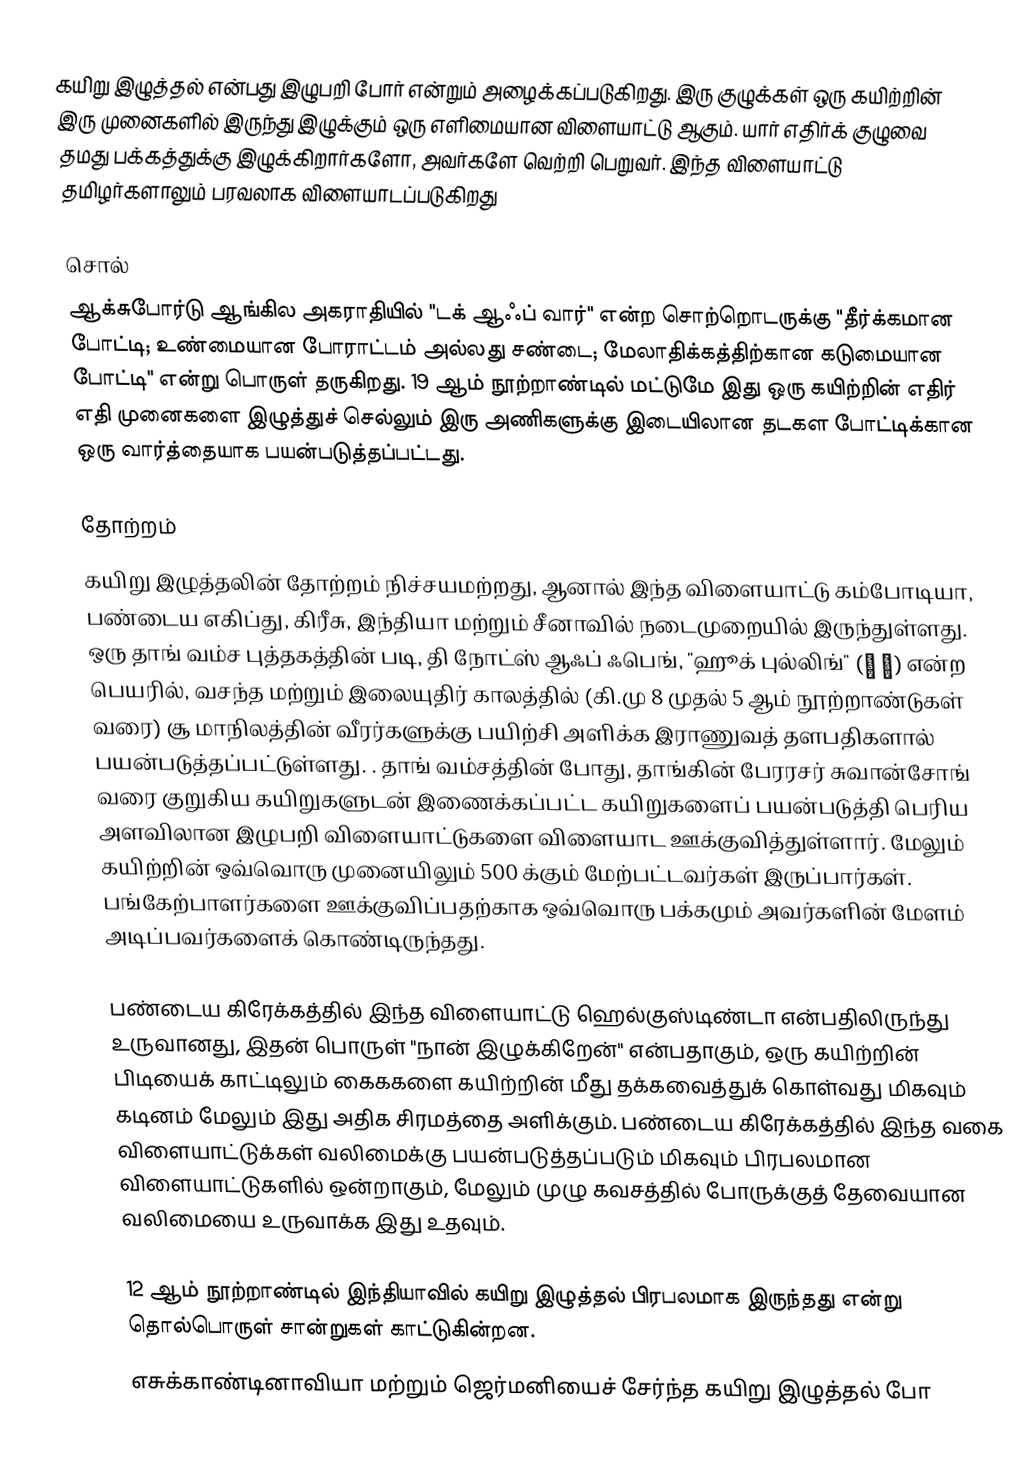
கயிறு இழுத்தல் என்பது இழுபறி போர் என்றும் அழைக்கப்படுகிறது. இரு குழுக்கள் ஒரு கயிற்றின் இரு முனைகளில் இருந்து இழுக்கும் ஒரு எளிமையான விளையாட்டு ஆகும்.  யார் எதிர்க் குழுவை தமது பக்கத்துக்கு இழுக்கிறார்களோ, அவர்களே வெற்றி பெறுவர்.  இந்த விளையாட்டு தமிழர்களாலும் பரவலாக விளையாடப்படுகிறது

சொல்
ஆக்சுபோர்டு ஆங்கில அகராதியில்  "டக் ஆஃப் வார்" என்ற சொற்றொடருக்கு  "தீர்க்கமான போட்டி; உண்மையான போராட்டம் அல்லது சண்டை; மேலாதிக்கத்திற்கான கடுமையான போட்டி" என்று பொருள் தருகிறது. 19 ஆம் நூற்றாண்டில் மட்டுமே இது ஒரு கயிற்றின் எதிர் எதி முனைகளை இழுத்துச் செல்லும் இரு அணிகளுக்கு இடையிலான தடகள போட்டிக்கான ஒரு வார்த்தையாக பயன்படுத்தப்பட்டது.

தோற்றம்
கயிறு இழுத்தலின் தோற்றம் நிச்சயமற்றது, ஆனால் இந்த விளையாட்டு கம்போடியா, பண்டைய எகிப்து, கிரீசு, இந்தியா மற்றும் சீனாவில் நடைமுறையில் இருந்துள்ளது. ஒரு தாங் வம்ச புத்தகத்தின் படி, தி நோட்ஸ் ஆஃப் ஃபெங்,  "ஹூக் புல்லிங்" (牽 鉤) என்ற பெயரில், வசந்த மற்றும் இலையுதிர் காலத்தில் (கி.மு 8 முதல் 5 ஆம் நூற்றாண்டுகள் வரை) சூ மாநிலத்தின் வீரர்களுக்கு பயிற்சி அளிக்க இராணுவத் தளபதிகளால் பயன்படுத்தப்பட்டுள்ளது. . தாங் வம்சத்தின் போது, தாங்கின் பேரரசர் சுவான்சோங்  வரை  குறுகிய கயிறுகளுடன் இணைக்கப்பட்ட கயிறுகளைப் பயன்படுத்தி பெரிய அளவிலான இழுபறி விளையாட்டுகளை விளையாட  ஊக்குவித்துள்ளார்.  மேலும் கயிற்றின் ஒவ்வொரு முனையிலும் 500 க்கும் மேற்பட்டவர்கள் இருப்பார்கள். பங்கேற்பாளர்களை ஊக்குவிப்பதற்காக ஒவ்வொரு பக்கமும் அவர்களின் மேளம் அடிப்பவர்களைக் கொண்டிருந்தது.

பண்டைய கிரேக்கத்தில் இந்த விளையாட்டு ஹெல்குஸ்டிண்டா என்பதிலிருந்து உருவானது, இதன் பொருள் "நான் இழுக்கிறேன்" என்பதாகும்,  ஒரு கயிற்றின் பிடியைக் காட்டிலும் கைககளை கயிற்றின் மீது தக்கவைத்துக் கொள்வது மிகவும் கடினம் மேலும்  இது அதிக சிரமத்தை அளிக்கும். பண்டைய கிரேக்கத்தில் இந்த வகை விளையாட்டுக்கள் வலிமைக்கு பயன்படுத்தப்படும் மிகவும் பிரபலமான விளையாட்டுகளில் ஒன்றாகும், மேலும் முழு கவசத்தில் போருக்குத் தேவையான வலிமையை உருவாக்க இது உதவும்.

12 ஆம் நூற்றாண்டில் இந்தியாவில் கயிறு இழுத்தல் பிரபலமாக இருந்தது என்று தொல்பொருள் சான்றுகள் காட்டுகின்றன.
எசுக்காண்டினாவியா மற்றும் ஜெர்மனியைச் சேர்ந்த கயிறு இழுத்தல் போ